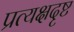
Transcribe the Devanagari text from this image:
प्रत्यक्षदृष्ट